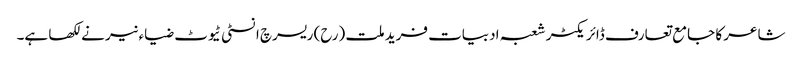
شاعر کا جامع تعارف ڈائریکٹر شعبہ ادبیات فرید ملت (رح) ریسرچ انسٹی ٹیوٹ ضیاء نیر نے لکھا ہے۔